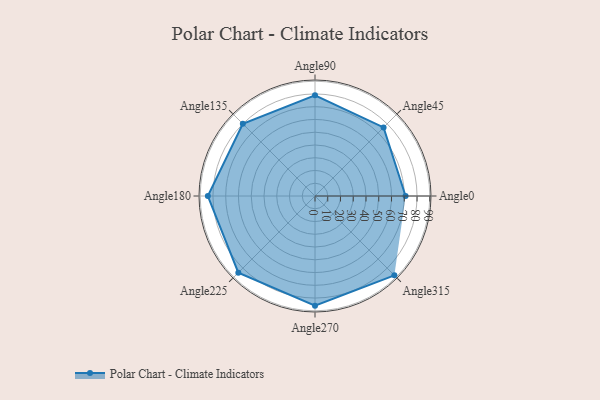
{"axis": {"x": "Angle", "y": "Radius"}, "legend": [""], "data": [{"x": "Angle0", "y": 71.0, "type": ""}, {"x": "Angle45", "y": 76.0, "type": ""}, {"x": "Angle90", "y": 79.0, "type": ""}, {"x": "Angle135", "y": 80.0, "type": ""}, {"x": "Angle180", "y": 84.0, "type": ""}, {"x": "Angle225", "y": 85.0, "type": ""}, {"x": "Angle270", "y": 86.0, "type": ""}, {"x": "Angle315", "y": 88.0, "type": ""}]}